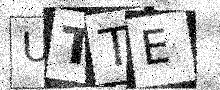
Text: UTTE